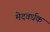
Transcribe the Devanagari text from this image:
मेदवर्धक